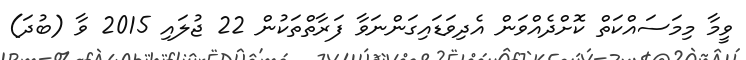
ވީމާ މިމަސައްކަތް ކޮށްދެއްވަން އެދިވަޑައިގަންނަވާ ފަރާތްތަކުން 22 ޖުލައި 2015 ވާ (ބުދަ)